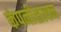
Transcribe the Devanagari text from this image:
कंपनीसत्यम